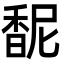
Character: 馜